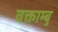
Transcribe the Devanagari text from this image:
वक्ताम्बु